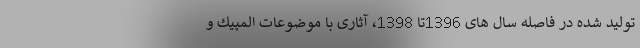
تولید شده در فاصله سال های 1396تا 1398، آثاری با موضوعات المپیك و